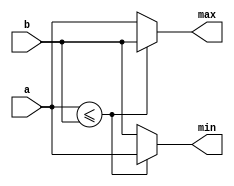
module comp_mux(input[3:0] a, b,
		output reg[3:0] min, max);
				  
				  
always @(*)
	if(a <= b) begin min = a; max = b; end
	else begin min = b; max = a; end

endmodule